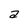
Character: a